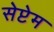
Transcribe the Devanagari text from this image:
सेप्टेम